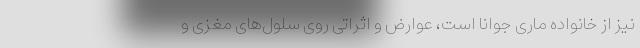
نیز از خانواده ماری جوانا است، عوارض و اثراتی روی سلول‌های مغزی و